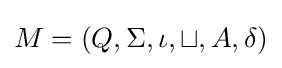
M=(Q,\Sigma ,\iota ,\sqcup ,A,\delta )